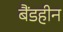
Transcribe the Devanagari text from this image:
बैंडहीन